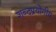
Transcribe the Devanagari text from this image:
शब्दप्रयोगीय